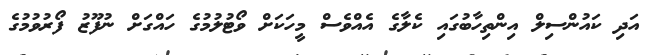
އަދި ކައުންސިލް އިންތިހާބުގައި ކެލާގެ އެއްވެސް މީހަކަށް ވޯޓުލުމުގެ ހައްގަށް ނުފޫޒު ފޯރުވުމުގެ